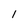
Character: 1